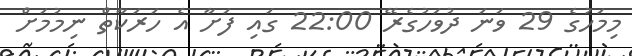
މިމަހުގެ 29 ވަނަ ދުވަހުގެރޭ 22:00 ގައި ފަށާ އެ ހަރަކާތް ނިމުމަށް